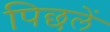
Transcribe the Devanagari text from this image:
पिछलें